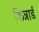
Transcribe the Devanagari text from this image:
किन्नार्ड